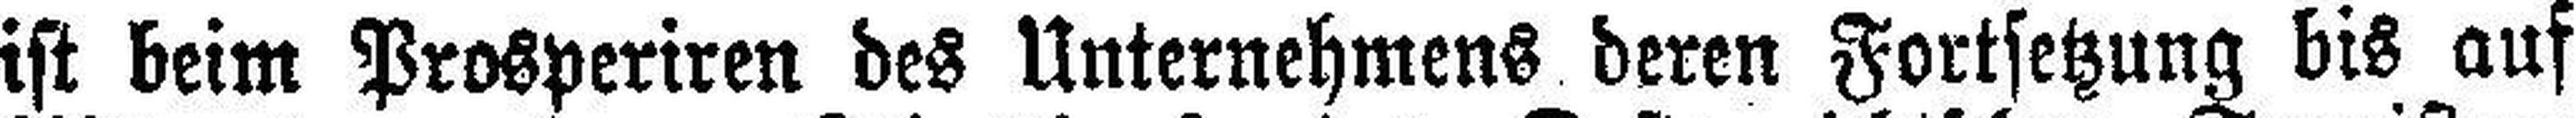
ist beim Prosperiren des Unternehmens deren Fortsetzung bis auf